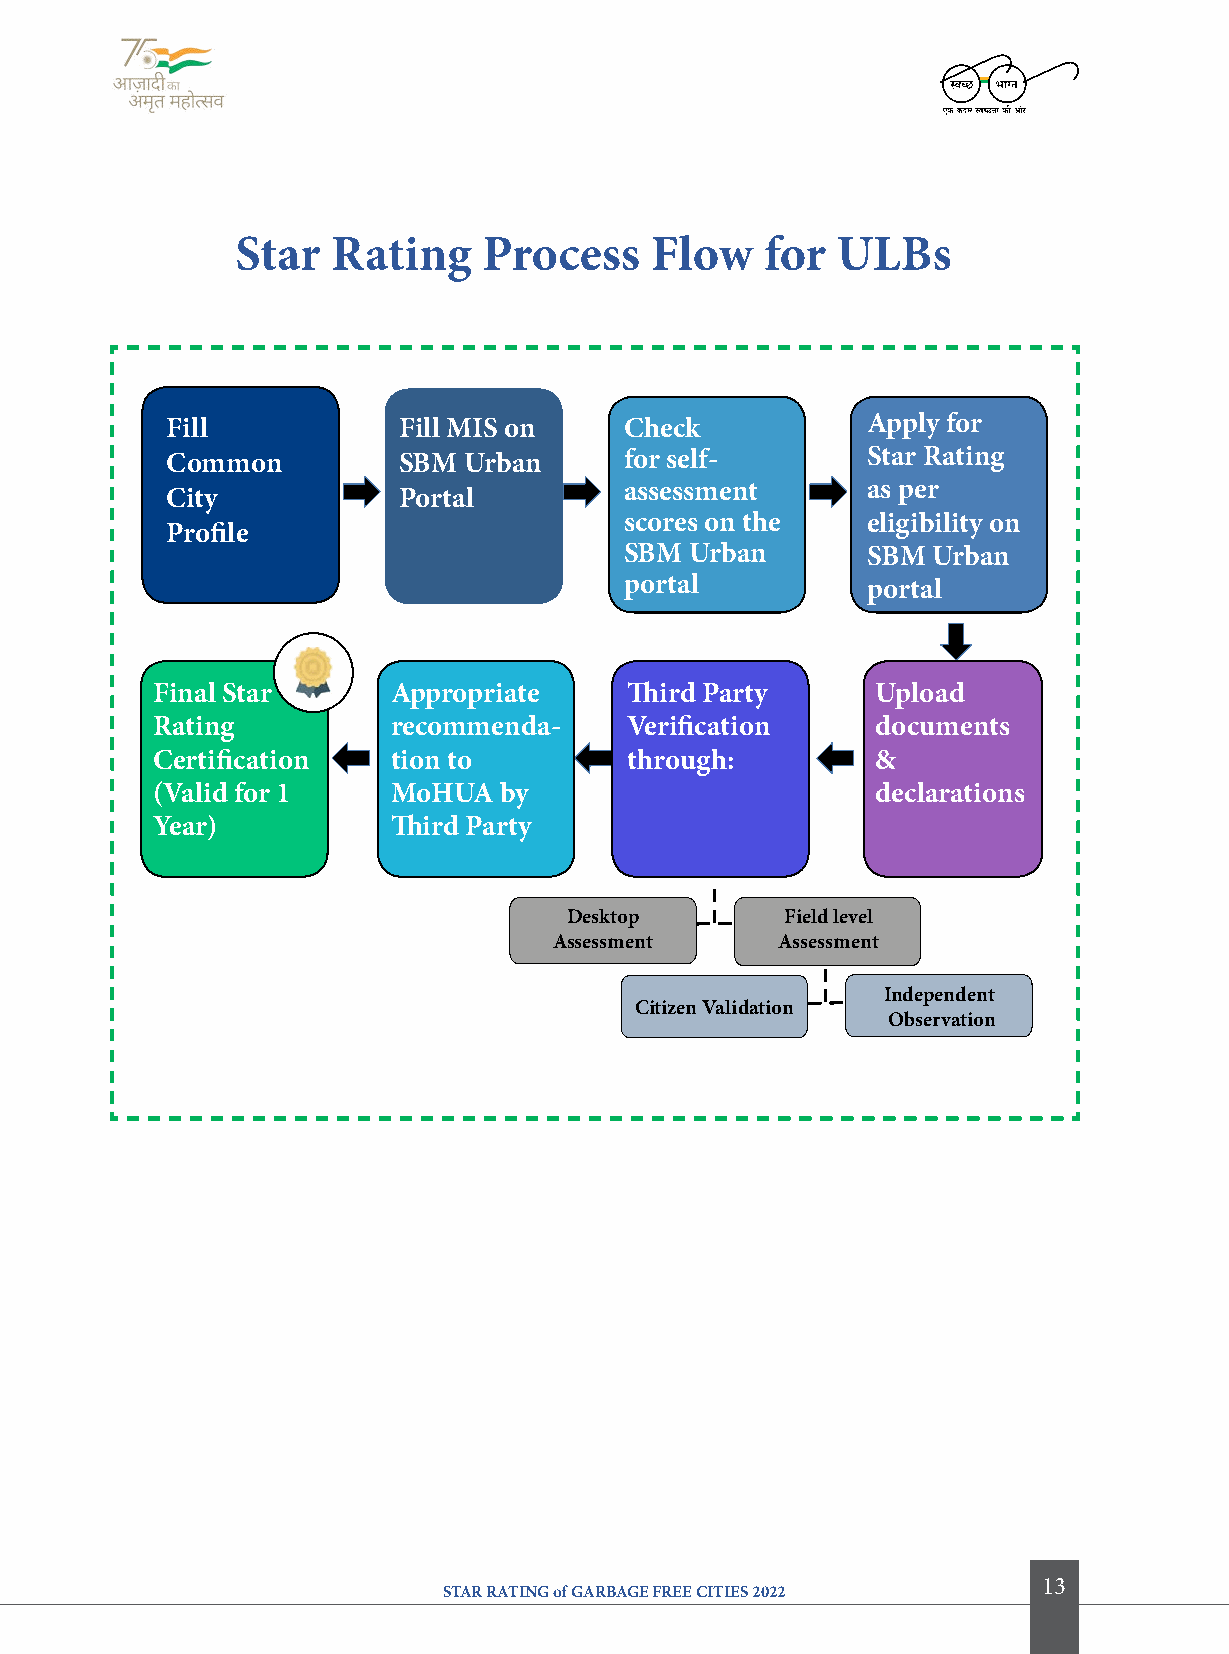
Star  rating    Process    flow    for UlBs
 fill           fill MiS on    check           apply for
 common         SBM  Urban     for self-       Star rating
 assessment      as per
 city           Portal
 scores on the   eligibility on
 Profile
 SBM  Urban      SBM  Urban
 portal          portal
 final Star      appropriate     Third Party     Upload
 rating          recommenda-     Verification    documents
 certification   tion to         through:        &
 (Valid for 1    MoHUa  by                       declarations
 year)           Third Party
 Desktop       field level
 assessment    assessment
 independent
 citizen Validation
 observation
 13
 STAR RATING of GARBAGE FREE CITIES 2022